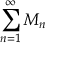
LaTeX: \sum _ { n = 1 } ^ { \infty } M _ { n }